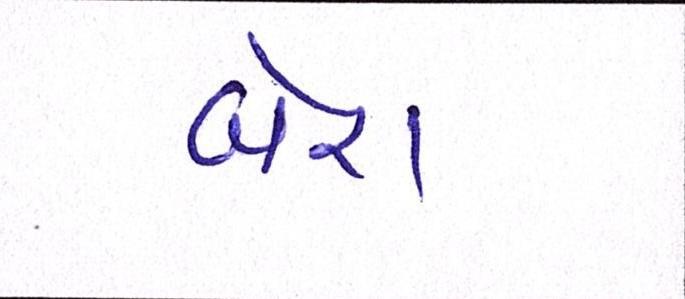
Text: બેરા